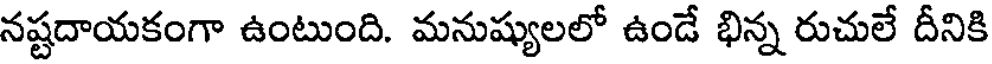
నష్టదాయకంగా ఉంటుంది. మనుష్యులలో ఉండే భిన్న రుచులే దీనికి